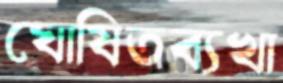
ঘোষিতব্যখা